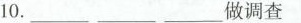
10._______________做调查